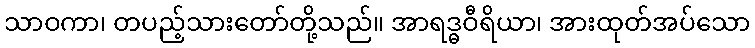
သာဝကာ၊ တပည့်သားတော်တို့သည်။ အာရဒ္ဓဝီရိယာ၊ အားထုတ်အပ်သော